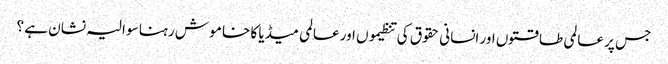
جس پر عالمی طا قتوں اور انسانی حقوق کی تنظیموں اور عالمی میڈیا کا خا مو ش رہنا سو الیہ نشان ہے ؟